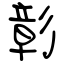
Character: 彰